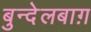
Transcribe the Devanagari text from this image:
बुन्देलबाग़